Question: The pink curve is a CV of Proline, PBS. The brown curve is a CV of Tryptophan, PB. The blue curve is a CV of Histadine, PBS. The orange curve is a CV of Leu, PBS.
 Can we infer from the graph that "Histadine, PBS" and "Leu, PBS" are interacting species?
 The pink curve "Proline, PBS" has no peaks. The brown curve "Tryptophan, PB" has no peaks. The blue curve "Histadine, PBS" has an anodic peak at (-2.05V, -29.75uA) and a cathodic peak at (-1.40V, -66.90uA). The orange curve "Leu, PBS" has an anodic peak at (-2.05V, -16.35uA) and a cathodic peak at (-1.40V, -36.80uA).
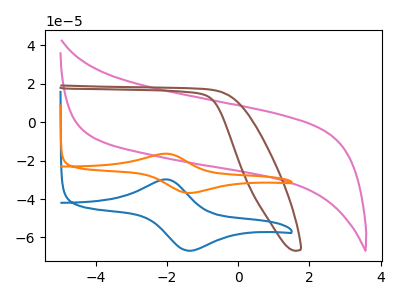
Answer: <think>All the peaks in "Histadine, PBS" have a peak in "Leu, PBS" at the same potential.
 </think>
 <answer>No, "Histadine, PBS" and "Leu, PBS" don't appear to be significantly different in shape</answer>
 <eval>no_change</eval>